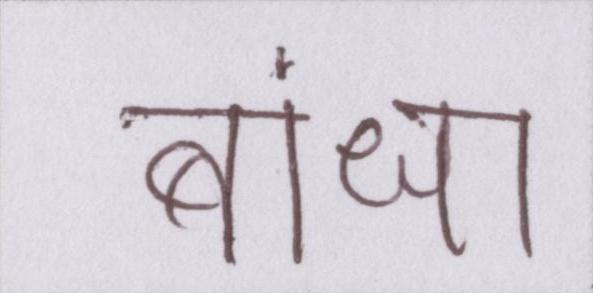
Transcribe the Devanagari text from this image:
बांधा